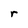
Character: r